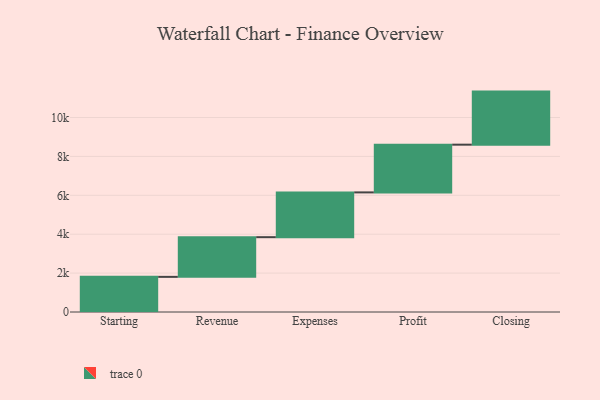
{"axis": {"x": "Step", "y": "Value"}, "legend": [""], "data": [{"x": "Starting", "y": 1807.0, "type": ""}, {"x": "Revenue", "y": 2040.0, "type": ""}, {"x": "Expenses", "y": 2303.0, "type": ""}, {"x": "Profit", "y": 2454.0, "type": ""}, {"x": "Closing", "y": 2729.0, "type": ""}]}